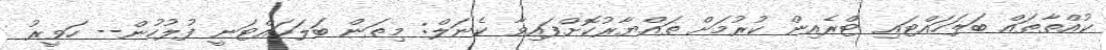
ކުއްތާތައް ބަލަހައްޓައި ޓްރެއިން ކުރުމަށް ތައްޔާރުކޮށްފައިވާ ކެނަލް: މިތަން ބަލަހައްޓަނީ ފުލުހުން-- ހަވީރު